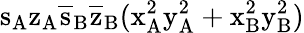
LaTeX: \mathrm{s_{A}\mathrm{z_{A}\mathrm{\overline{{s}}_{B}\mathrm{\overline{{z}}_{B}(\mathrm{x_{A}^{2}\mathrm{y_{A}^{2}+\mathrm{x_{B}^{2}\mathrm{y_{B}^{2})}}}}}}}}